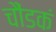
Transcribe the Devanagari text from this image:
चौंडकं